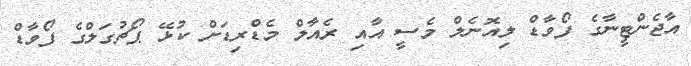
އާޖެންޓީނާގެ ފޯވާޑް ލިއޮނެލް މެސީ އާއި ރެއާލް މެޑްރިޑަށް ކުޅޭ ޕޯޗުގަލްގެ ފޯވާޑް